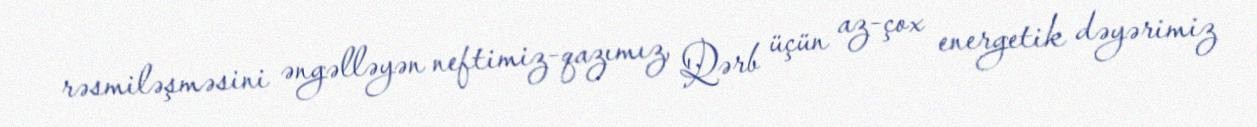
rəsmiləşməsini əngəlləyən neftimiz-qazımız, Qərb üçün az-çox energetik dəyərimiz